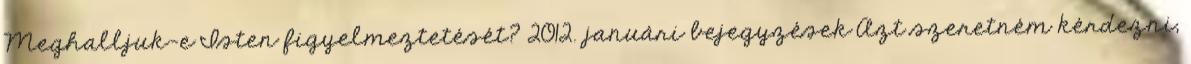
Meghalljuk-e Isten figyelmeztetését? 2012. januári bejegyzések Azt szeretném kérdezni,